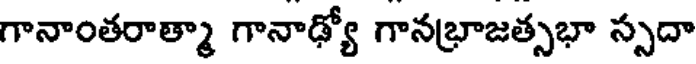
గానాంతరాత్మా గానాఢ్యో గానభ్రాజత్సభా స్సదా